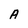
Character: A